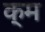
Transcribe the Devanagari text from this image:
क्म